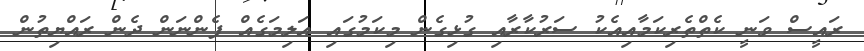
ރައީސް ވަނީ ކެތްތެރިކަމާއިއެކު ސަރުކާރާއި ގުޅިގެން މިކަމުގައި އަލިމަގެއް ފެންނަން ދެން ރައްޔިތުން